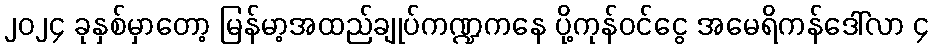
၂၀၂၄ ခုနှစ်မှာတော့ မြန်မာ့အထည်ချုပ်ကဏ္ဍကနေ ပို့ကုန်ဝင်ငွေ အမေရိကန်ဒေါ်လာ ၄